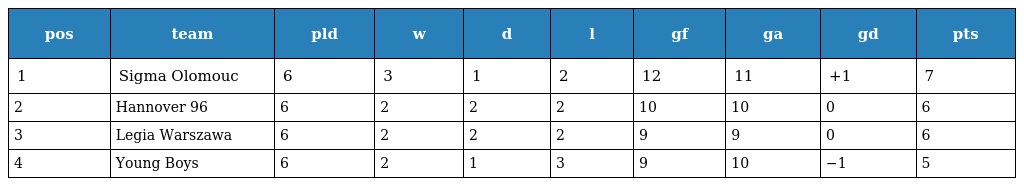
| pos | team | pld | w | d | l | gf | ga | gd | pts |
 | --- | --- | --- | --- | --- | --- | --- | --- | --- | --- |
 | 1 | Sigma Olomouc | 6 | 3 | 1 | 2 | 12 | 11 | +1 | 7 |
 | 2 | Hannover 96 | 6 | 2 | 2 | 2 | 10 | 10 | 0 | 6 |
 | 3 | Legia Warszawa | 6 | 2 | 2 | 2 | 9 | 9 | 0 | 6 |
 | 4 | Young Boys | 6 | 2 | 1 | 3 | 9 | 10 | −1 | 5 |